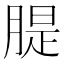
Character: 䐎